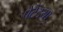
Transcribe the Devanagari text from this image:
पेटेंटया